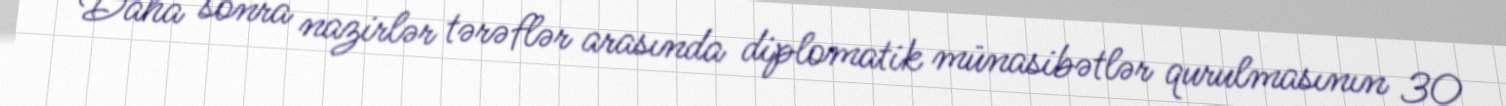
Daha sonra nazirlər tərəflər arasında diplomatik münasibətlər qurulmasının 30